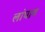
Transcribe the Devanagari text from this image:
लांघाव